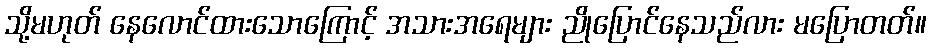
သို့မဟုတ် နေလောင်ထားသောကြောင့် အသားအရေများ ညိုပြောင်နေသည်လား မပြောတတ်။